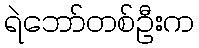
ရဲဘော်တစ်ဦးက